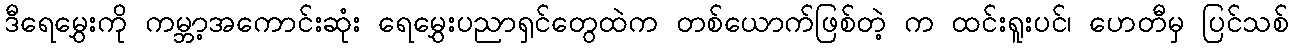
ဒီရေမွှေးကို ကမ္ဘာ့အကောင်းဆုံး ရေမွှေးပညာရှင်တွေထဲက တစ်ယောက်ဖြစ်တဲ့ က ထင်းရူးပင်၊ ဟေတီမှ ပြင်သစ်